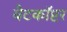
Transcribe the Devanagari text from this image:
बैटकाॅप्टर